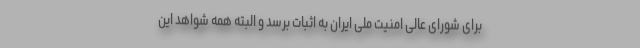
برای شورای عالی امنیت ملی ایران به اثبات برسد و البته همه شواهد این